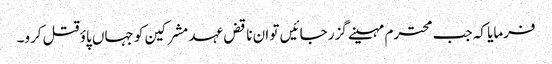
فرمایا کہ جب محترم مہینے گزر جائیں تو ان ناقض عہد مشرکین کو جہاں پاؤ قتل کرو۔